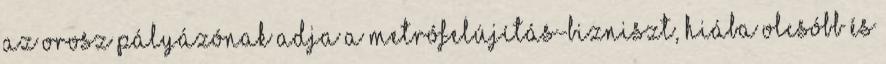
az orosz pályázónak adja a metrófelújítás-bizniszt, hiába olcsóbb és